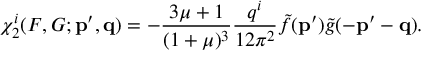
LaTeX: \chi _ { 2 } ^ { i } ( F , G ; { \bf p ^ { \prime } , q } ) = - \frac { 3 \mu + 1 } { ( 1 + \mu ) ^ { 3 } } \frac { q ^ { i } } { 1 2 \pi ^ { 2 } } \tilde { f } { \bf ( p ^ { \prime } } ) \tilde { g } ( { \bf - p ^ { \prime } - q } ) .